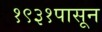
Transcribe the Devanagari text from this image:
१९३१पासून